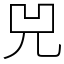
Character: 兕